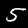
Digit: 5